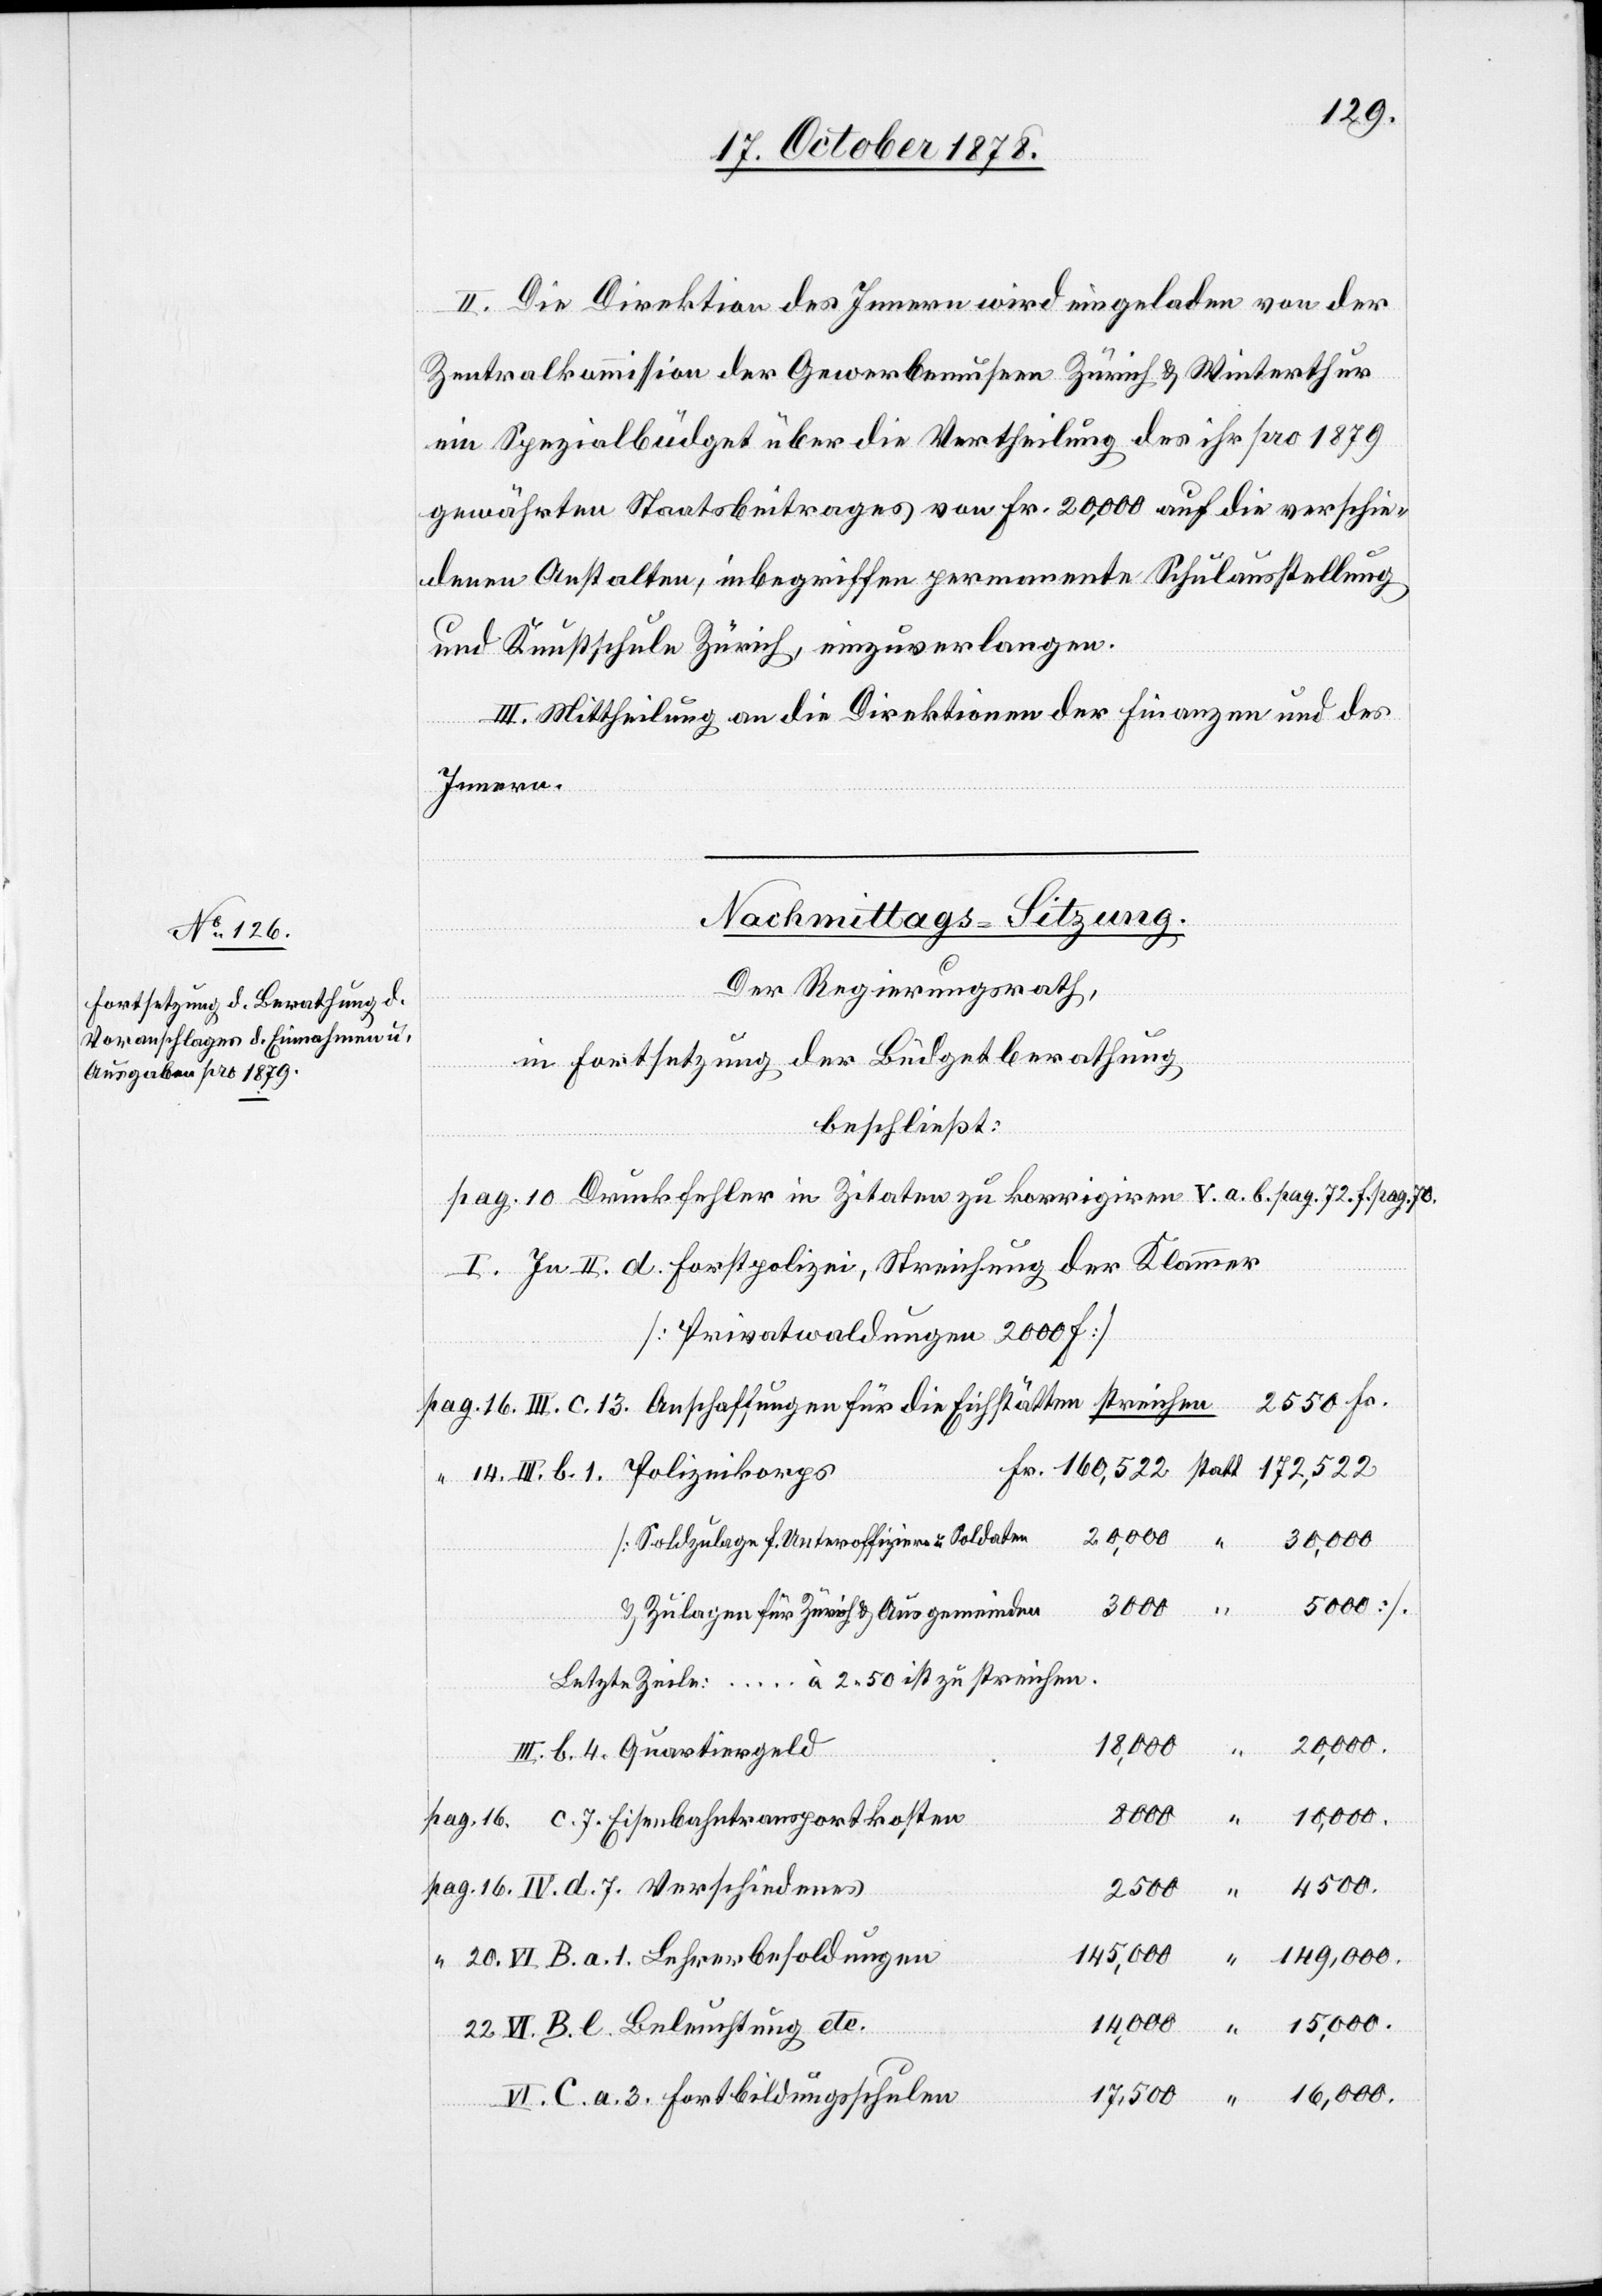
14.
II. Die Direktion des Innern wird eingeladen von der
Zentralkommission der Gewerbemuseen Zürich & Winterthur
ein Spezialbüdget über die Vertheilung des ihr pro 1879
gewährten Staatsbeitrages von Fr. 20,000 auf die verschie¬
denen Anstalten, inbegriffen permanente Schulausstellung
und Kunstschule Zürich, einzuverlangen.
III. Mittheilung an die Direktionen der Finanzen und des
Innern.
Der Regierungsrath,
in Fortsetzung der Büdgetberathung
beschließt:
pag. 10 Druckfehler in Zitaten zu korrigiren V. a. b. pag. 72. f. pag. 70.
I. In II. d. Forstpolizei, Streichung der Klammer
[Privatwaldungen 2000f.]
[Soldzulagen f. Unteroffiziere u. Soldaten
& Zulagen für Zürich & Ausgemeinden
Letzte Zeile: … à 2.50 ist zu streichen.